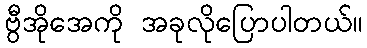
ဗွီအိုအေကို အခုလိုပြောပါတယ်။